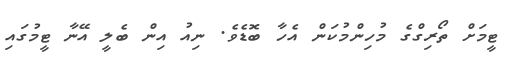
ޓީމަށް ތޯރިގްގެ މުހިންމުކަން އެހާ ބޮޑެވެ. ނިއު އިން ބެލީ އޭނާ ޓީމުގައި